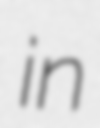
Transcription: in